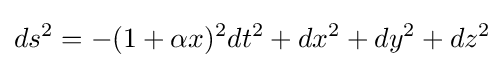
ds^{2}=-(1+\alpha x){}^{2}dt^{2}+dx^{2}+dy^{2}+dz^{2}